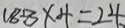
1 8 8 \times 4 = 2 4